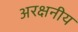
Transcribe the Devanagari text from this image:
अरक्षनीय